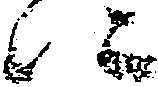
に